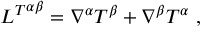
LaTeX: { L ^ { T } } ^ { \alpha \beta } = \nabla ^ { \alpha } T ^ { \beta } + \nabla ^ { \beta } T ^ { \alpha } \ ,